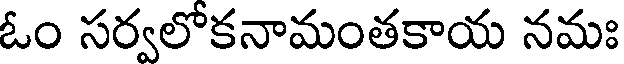
ఓం సర్వలోకనామంతకాయ నమః